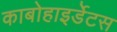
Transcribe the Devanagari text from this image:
काबोहाइर्डेटस